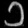
Digit: ၁